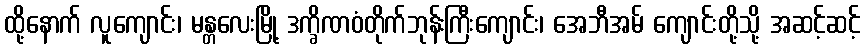
ထို့နောက် လူကျောင်း၊ မန္တလေးမြို့ ဒက္ခိဏဝံတိုက်ဘုန်းကြီးကျောင်း၊ အေဘီအမ် ကျောင်းတို့သို့ အဆင့်ဆင့်